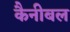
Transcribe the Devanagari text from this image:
कैनीबल